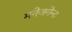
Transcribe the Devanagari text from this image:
मनेजमेन्ट